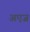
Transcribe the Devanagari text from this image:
अएज